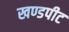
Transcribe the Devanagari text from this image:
खण्डपीट